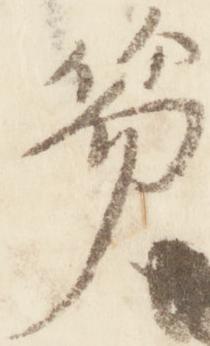
笏